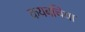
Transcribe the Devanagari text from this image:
कयबचिया